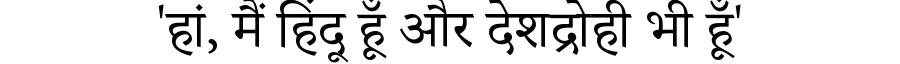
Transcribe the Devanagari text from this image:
'हां, मैं हिंदू हूँ और देशद्रोही भी हूँ'